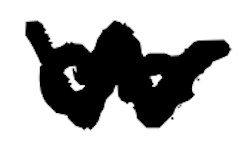
Text: on
Cross-out: zig-zag
Writing tool: digital_black